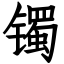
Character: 镯